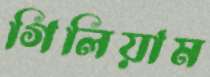
গিলিয়াম